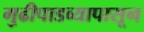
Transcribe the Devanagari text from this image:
गुढीपाडव्यापासून